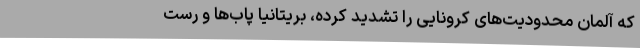
که آلمان محدودیت‌های کرونایی را تشدید کرده، بریتانیا پاب‌ها و رست